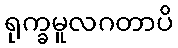
ရုက္ခမူလဂတာပိ